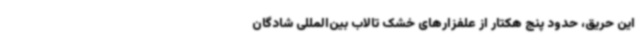
این حریق، حدود پنج هکتار از علفزارهای خشک تالاب بین‌المللی شادگان